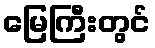
မြေကြီးတွင်